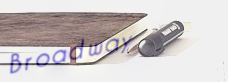
Broadway